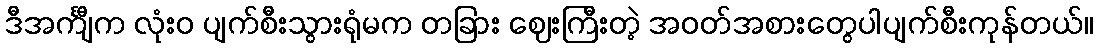
ဒီအင်္ကျီက လုံးဝ ပျက်စီးသွားရုံမက တခြား ဈေးကြီးတဲ့ အဝတ်အစားတွေပါပျက်စီးကုန်တယ်။